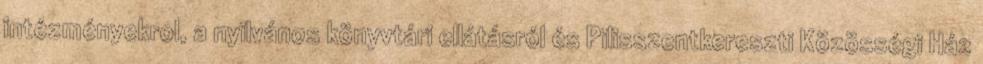
intézményekrol, a nyilvános könyvtári ellátásról és Pilisszentkereszti Közösségi Ház